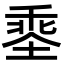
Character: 𡏕